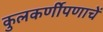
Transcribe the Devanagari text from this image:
कुलकर्णीपणाचें